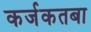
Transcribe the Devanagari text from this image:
कर्जकतबा